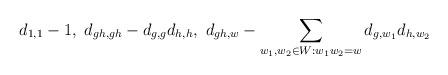
LaTeX: \begin{align*}d_{1,1}-1,~d_{gh,gh}-d_{g,g}d_{h,h}, ~d_{gh,w}-\sum_{w_1,w_2\in W: w_1w_2=w} d_{g,w_1}d_{h,w_2}\end{align*}